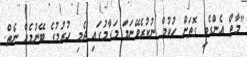
"މާތް އެންގެވި ގޮތަށް ހުކުމް ނުކުރެވޭނަމަ މަގާމުގައި ދެމި ހުރުމުގެ ބޭނުމެއް ނެތް.